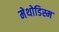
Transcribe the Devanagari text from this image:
मेथोडिस्म